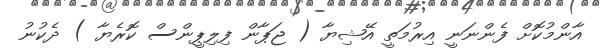
އާންމުކޮށް ފެންނަނީ އިރުމަތީ އޭޝިޔާ ( ޖަޕާން ފިލިޕީންސް ކޮރެޔާ ) ދެކުނު